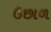
ઉછાળ